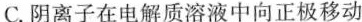
C.阴离子在电解质溶液中向正极移动